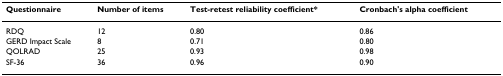
<table><thead><tr><td><b>Questionnaire</b></td><td><b>Number of items</b></td><td><b>Test-retest reliability coefficient*</b></td><td><b>Cronbach&#x27;s alpha coefficient</b></td></tr></thead><tbody><tr><td>RDQ</td><td>12</td><td>0.80</td><td>0.86</td></tr><tr><td>GERD Impact Scale</td><td>8</td><td>0.71</td><td>0.80</td></tr><tr><td>QOLRAD</td><td>25</td><td>0.93</td><td>0.98</td></tr><tr><td>SF-36</td><td>36</td><td>0.96</td><td>0.90</td></tr></tbody></table>